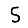
Digit: 5